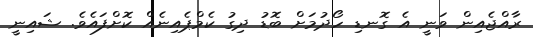
ރާއްޖެއިން ވަނީ އެ ގޮނޑި ހޯދުމަށް ބޮޑު ދިގު ކެމްޕެއިނެއް ކޮށްފައެވެ. ޝައިނީ